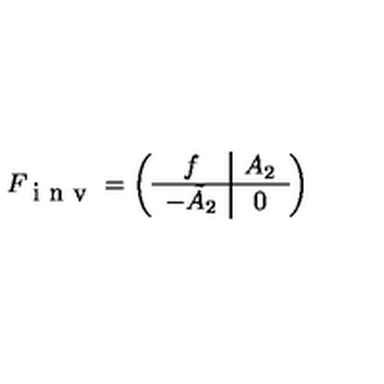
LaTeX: F _ { \textrm { i n v } } = \left( \begin{array} { c | c } { f } & { A _ { 2 } } \\ \hline { - \tilde { A } _ { 2 } } & { 0 } \\ \end{array} \right)